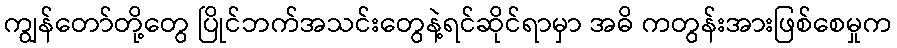
ကျွန်တော်တို့တွေ ပြိုင်ဘက်အသင်းတွေနဲ့ရင်ဆိုင်ရာမှာ အဓိ ကတွန်းအားဖြစ်စေမှုက